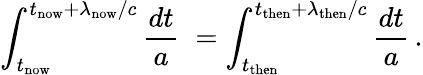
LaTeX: \int_{t_{\mathrm{now}}}^{t_{\mathrm{now}}+\lambda_{\mathrm{now}}/c}{\frac{dt}{a}}\; =\int_{t_{\mathrm{then}}}^{t_{\mathrm{then}}+\lambda_{\mathrm{then}}/c}{\frac{dt}{a}}\, .